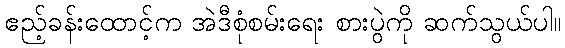
ဧည့်ခန်းထောင့်က အဲဒီစုံစမ်းရေး စားပွဲကို ဆက်သွယ်ပါ။